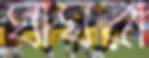
ঘাঘরা